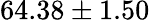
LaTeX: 64.38\pm 1.50